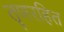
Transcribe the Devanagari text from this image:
तृणरहित